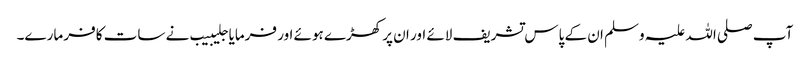
آپ صلی اللہ علیہ وسلم ان کے پاس تشریف لائے اور ان پر کھڑے ہوئے اور فرمایا جلیبیب نے سات کافر مارے۔